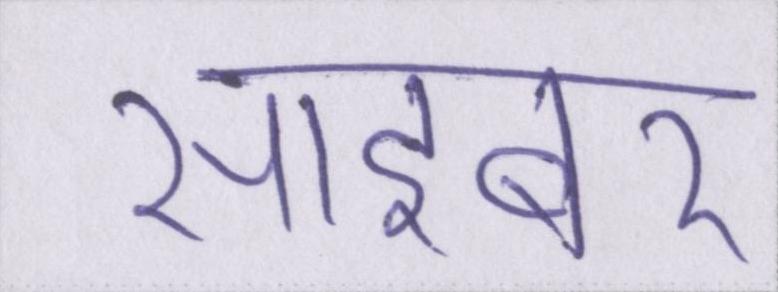
साइबर